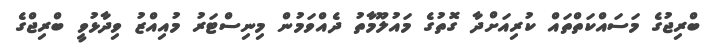
ބްރިޖުގެ މަސައްކަތްތައް ކުރިއަށްދާ ގޮތުގެ މައުލޫމާތު ދެއްވަމުން މިނިސްޓަރު މުއިއްޒު ވިދާޅުވީ ބްރިޖްގެ